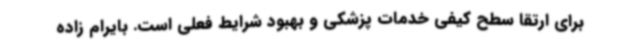
برای ارتقا سطح کیفی خدمات پزشکی و بهبود شرایط فعلی است. بایرام زاده